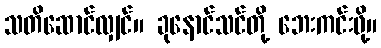
သတိဆောင်လျှင်။ ခုနောင်သင်တို့ ဘေးကင်းဖို့။